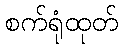
စက်ရုံထုတ်